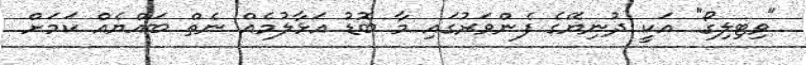
"ވިޓިލިގޯ" އަކީ ދުނިޔޭގެ ފެންވަރުގައި މާ ބޮޑު އަޅާލުމެއް ނެތް ބައްޔެއް ކަމަށް